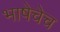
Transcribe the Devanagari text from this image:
भाषेचेच